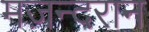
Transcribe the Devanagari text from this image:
मज़न्दरान